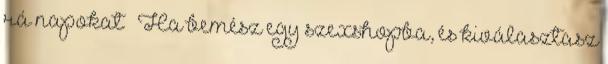
rá napokat ” Ha bemész egy szexshopba, és kiválasztasz